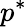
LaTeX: p^{*}